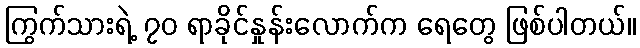
ကြွက်သားရဲ့ ၇၀ ရာခိုင်နှုန်းလောက်က ရေတွေ ဖြစ်ပါတယ်။